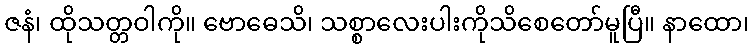
ဇနံ၊ ထိုသတ္တဝါကို။ ဗောဓေသိ၊ သစ္စာလေးပါးကိုသိစေတော်မူပြီ။ နာထော၊